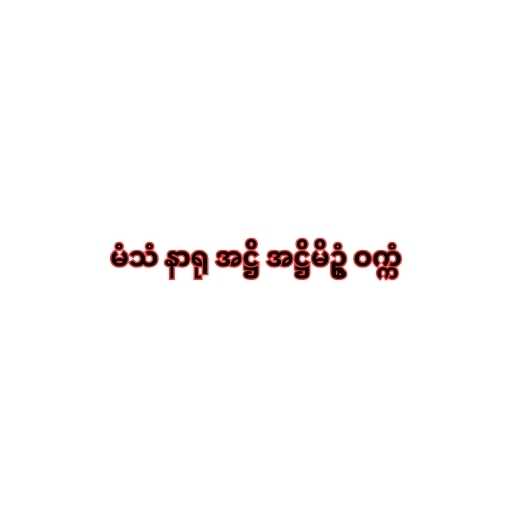
မံသံ နာရု အဋ္ဌိ အဋ္ဌိမိဥ္စံ ဝက္ကံ